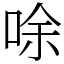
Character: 唋